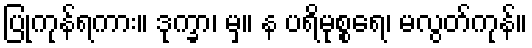
ပြုကုန်ရကား။ ဒုက္ခာ၊ မှ။ န ပရိမုစ္စရေ၊ မလွတ်ကုန်။